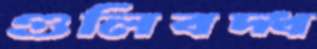
গুলিবদ্ধ